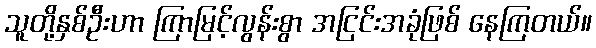
သူတို့နှစ်ဦးဟာ ကြာမြင့်လွန်းစွာ အငြင်းအခုံဖြစ် နေကြတယ်။